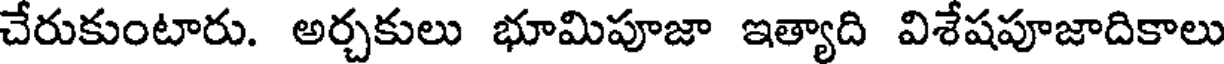
చేరుకుంటారు. అర్చకులు భూమిపూజా ఇత్యాది విశేషపూజాదికాలు